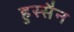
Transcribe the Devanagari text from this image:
हुस्सैन